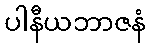
ပါနီယဘာဇနံ